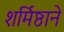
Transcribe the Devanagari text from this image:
शर्मिष्ठाने